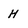
Character: H